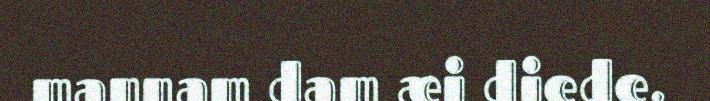
mannam dam æi diede.